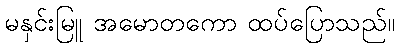
မနှင်းမြူ အမောတကော ထပ်ပြောသည်။